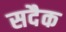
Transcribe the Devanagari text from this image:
सदैक